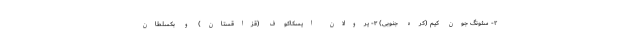
۲- سئونگ جون کیم (کره جنوبی) ۳- یرولان ایسکاکوف (قزاقستان) و بکسلطان